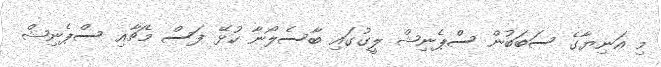
މި އަނިޔާގެ ސަބަބުން ސްޕެނިޝް ލީގުގައި ބާސެލޯނާ ކުޅޭ ފަސް މެޗާއި ސްޕެނިޝް